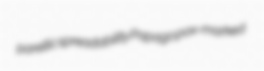
parellic spreadability Papago pox-marked